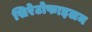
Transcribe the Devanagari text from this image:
सिरेटोफाइलम